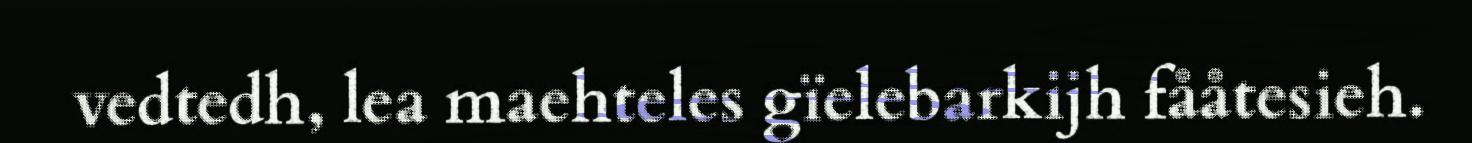
vedtedh, lea maehteles gïelebarkijh fååtesieh.